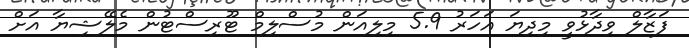
ފަޒާލް ވިދާޅުވީ މިދިޔަ އަަހަރު 5.9 މިިލިއަން މުސްލިމް ޓޫރިސްޓުން މެލޭޝިޔާ އަށް